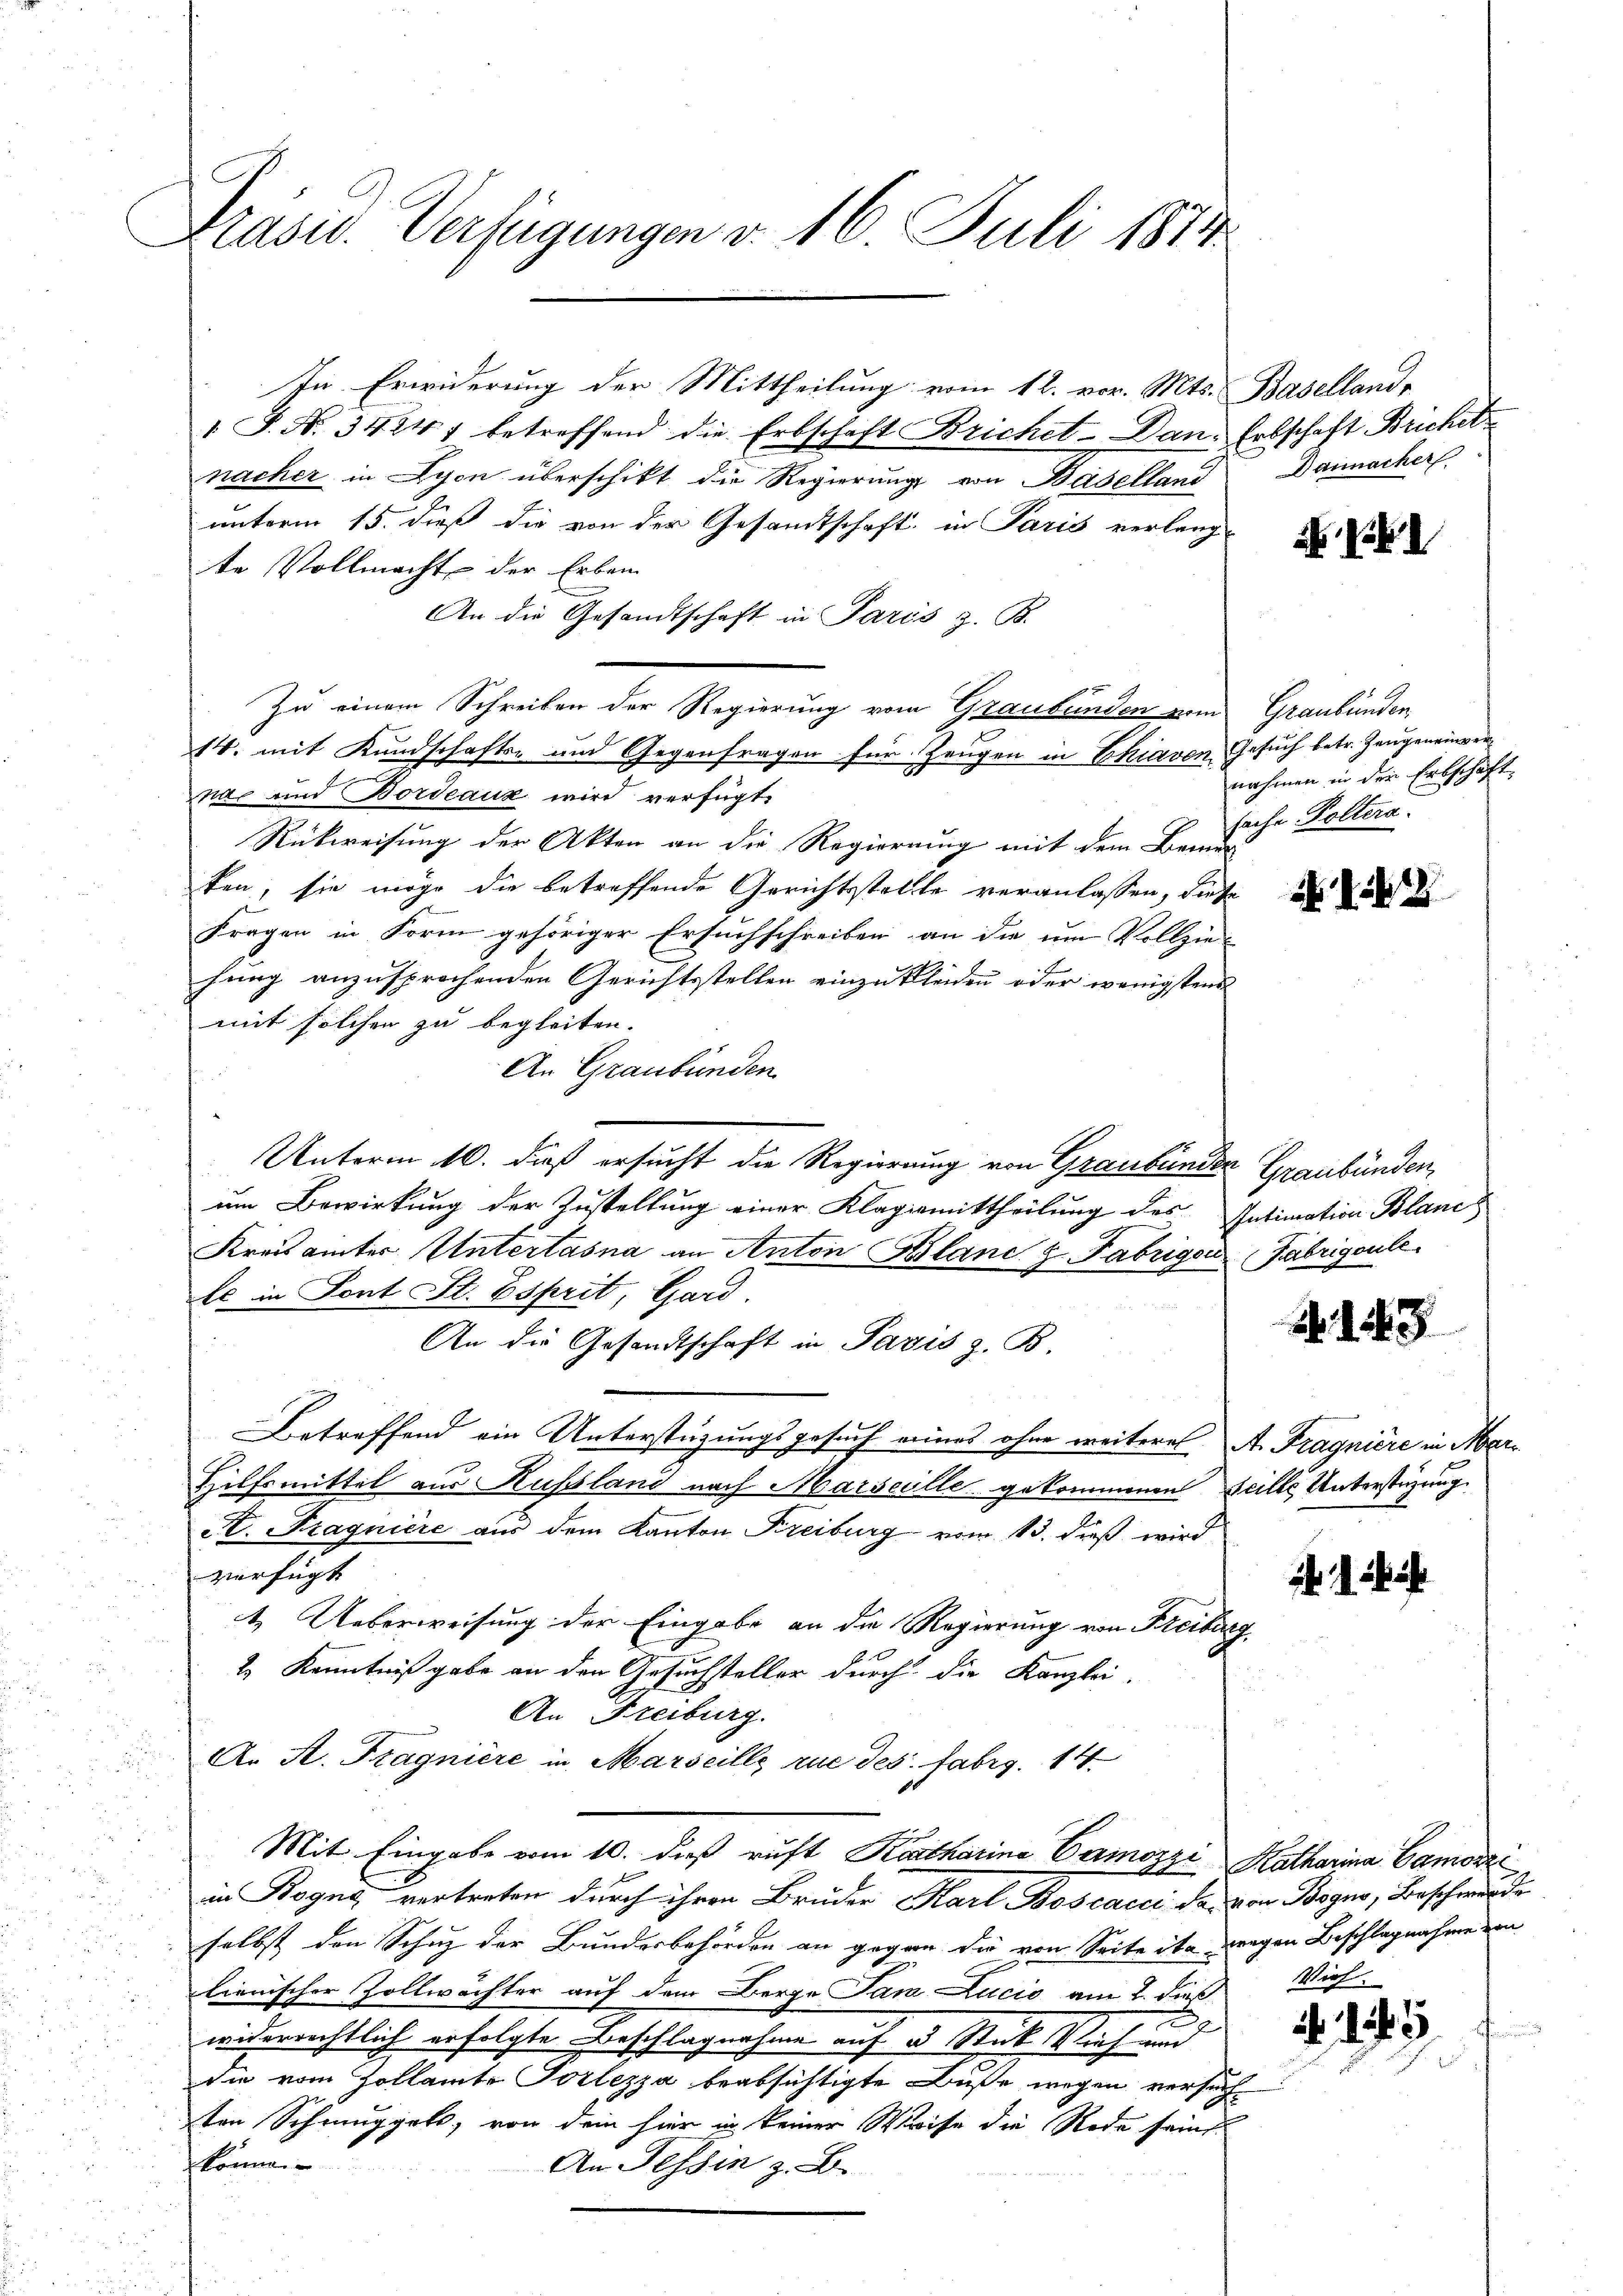
Präsid. Verfügungen d. 16. Juli 1814

In Erwiderung der Mittheilung vom 12. vor. Mts. Baselland,
1 J. N. 34241 betreffend die Erbschaft Brichel-Dan: Erbschaft Brichetz
nacher in Lyon überschikt die Regierung von Baselland
unterm 15. dieß die von der Gesandtschaft in Paris verlang-
te Vollmacht der Erben
An die Gesandtschaft in Paris z. B.
Zu einem Schreiben der Regierung vom Graubünden vom Graubünden
14. mit Kundschafts- und Gegenfragen für Zeugen in Chiavon, Gesuch betr. Zeugeneinvernac und Bordeaux wird verfügt,
Rückweisung der Akten an die Regierung mit dem Bern
ten, sie möge die betreffende Gerichtsstellte veranlassen, diese
Fragen in Form gehöriger Ersuchschreiben an die um Vollzie-
hung anzusprochenden Gerichtsstellen einzukleiden oder wenigstens
mit solchen zu begleiten.
An Graubünden
Unterm 10. dieß ersucht die Regierung von Graubünder Graubünden,
um Bewirkung der Zustellung einer Klagiemittheilung des Intimation Blanc
Kreisämter Untertasna an Anton Blanc z. Fabrigen Fabrigenle
Er in Sont St. Esprit, Gard.
An die Gesandtschaft in Paris z. B.
Betreffend ein Unterstüzungsgesuch eines ohne weiteres A. Fragniere in Mer¬
Hilfsmittel aus Russland nach Marseille gekommenen Teille Unterstüzung
St. Pragniere aus dem Kanton Freiburg vom 13. dieß wird
verfügt
4. Ueberweisung der Eingabe an die Regierung von Freiburg
2.) Kenntniß gabe an den Gesuchsteller durch die Kanzlei-
An Freiburg.
An A. Fragniere in Marseille rue des fabrg. 14
Mit Eingabe vom 10. dieß ruft Katharina Camozzi Katharina Camozzi
in Bogna vertreten durch ihren Bruder Karl Boscacci da von Bogno, Beschwerde
selbst den Schuz der Bundesbehörden an gegen die von Seite ita wegen Beschlagnahme von
lienischer Zollwächter auf dem Berge Jan Lucio am 2. dieß
A
widerrechtlich erfolgte Beschlagnahme auf 3 Stück Vieh und
die vom Zollamte Tortezza beabsichtigte Buße wegen versuchten Schmuggels, von dem hier in keiner Weise die Rede seint.
könne.
An Tessin z. B.

Daunacher

nahmen in der Erbschaft
sache Poltera

2

145

Vieh

15